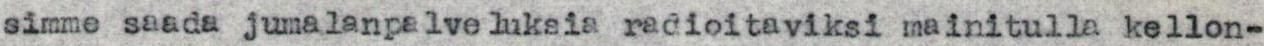
simme saada jumalanpalveluksia radioitaviksi mainitulla kellon-